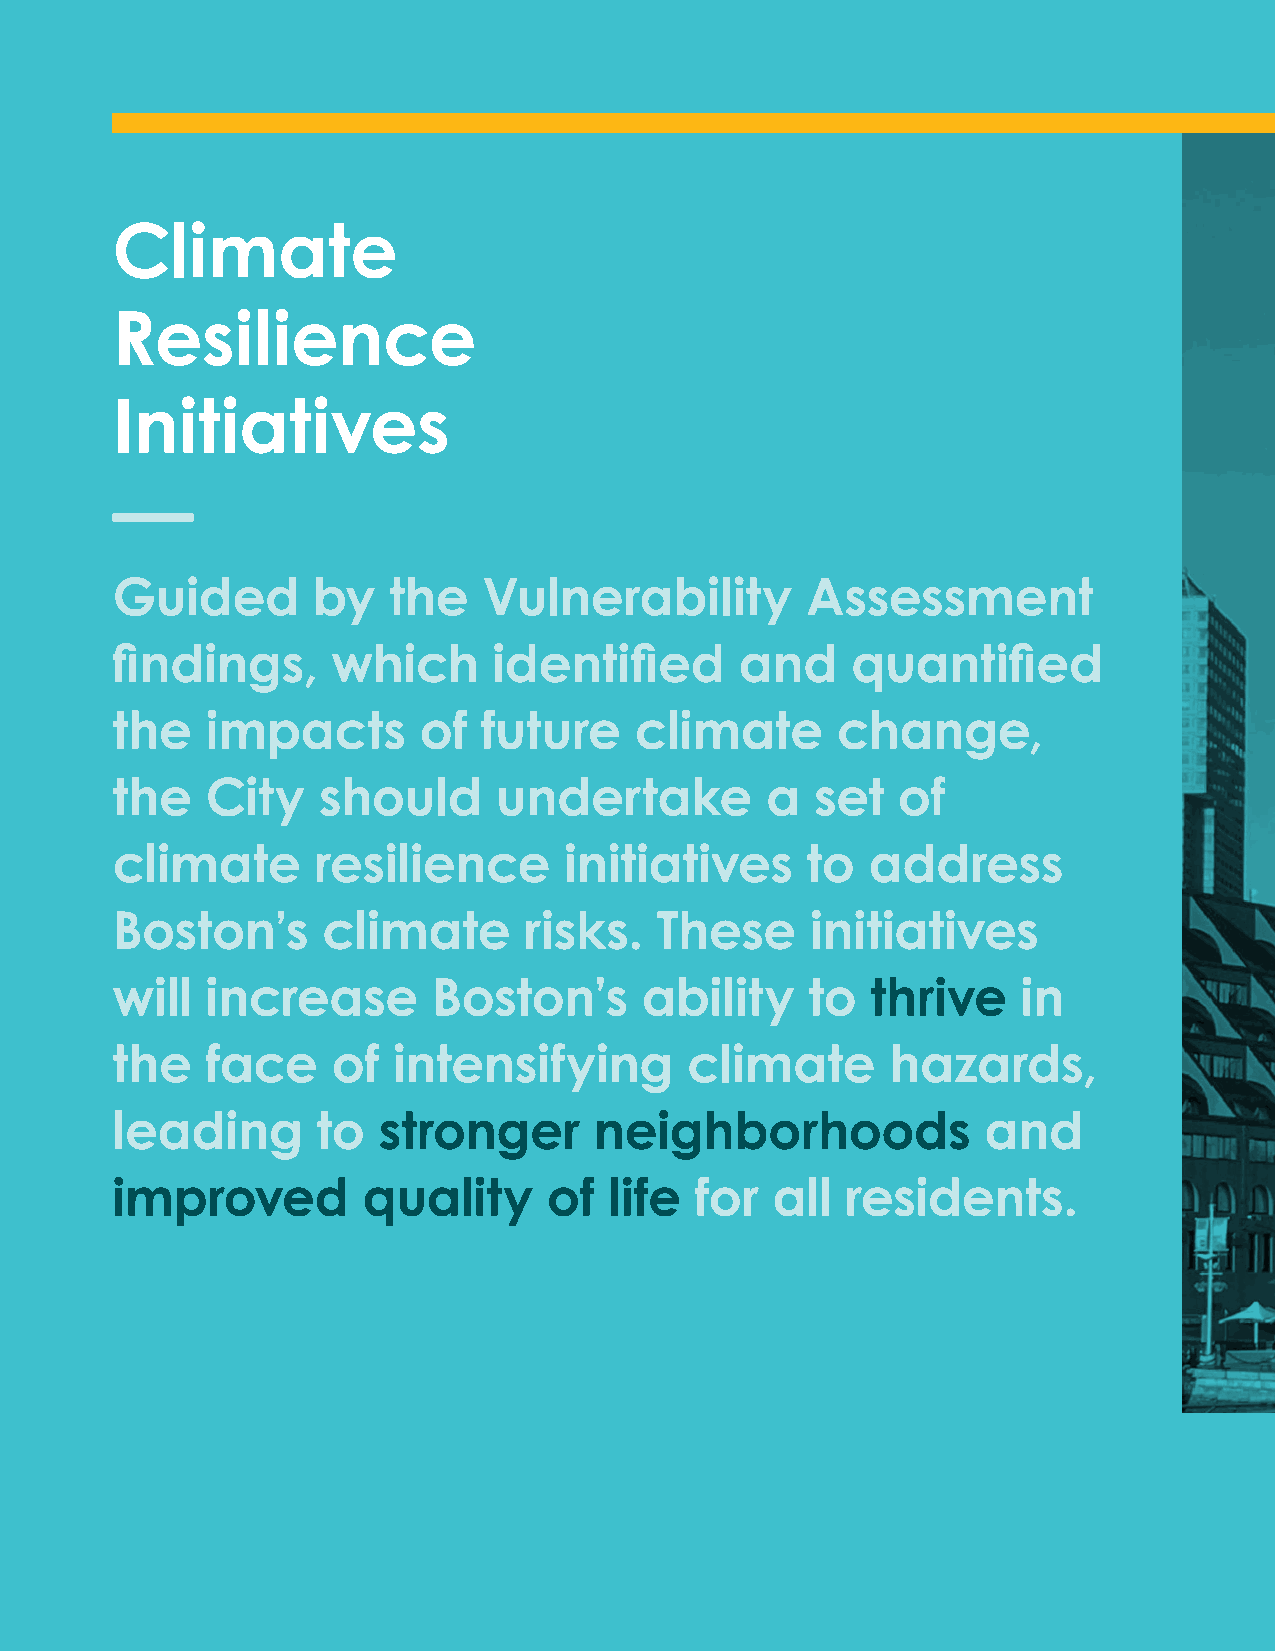
Climate
 Resilience
 Initiatives
 The climate resilience initiatives
 build on a broad set of efforts
 Guided        by   the   Vulnerability        Assessment
 undertaken to date by the City
 and other actors to prepare
 fi ndings,     which      identifi   ed   and    quantifi     ed
 Boston for climate change. To
 develop the initiatives, Climate
 the    impacts       of  future    climate      change,
 Ready Boston reviewed past
 climate adaptation plans,
 the    City   should      undertake         a  set  of
 interviewed a broad range
 of local stakeholders, and
 climate       resilience      initiatives     to  address
 examined best practices from
 other cities across the world that
 Boston’s      climate       risks.  These      initiatives
 are contending with climate
 will   increase       Boston’s     ability     to  thrive    in                                                                  change impacts.
 The City will need dedicated
 the    face    of  intensifying       climate       hazards,
 public and private partners, as
 well as signifi cant additional
 leading       to  stronger      neighborhoods             and
 resources, to advance these
 initiatives and implement
 improved         quality     of  life  for  all  residents.
 comprehensive climate
 adaptation.
 Image courtesy of Bud Ris
 74 City of Boston: Climate Ready Boston